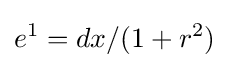
e^{1}=dx/(1+r^{2})